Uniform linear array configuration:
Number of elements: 8
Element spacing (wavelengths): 0.75
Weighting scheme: hamming
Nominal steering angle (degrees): -60
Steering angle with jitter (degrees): -59.992
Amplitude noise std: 0.05
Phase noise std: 0.05

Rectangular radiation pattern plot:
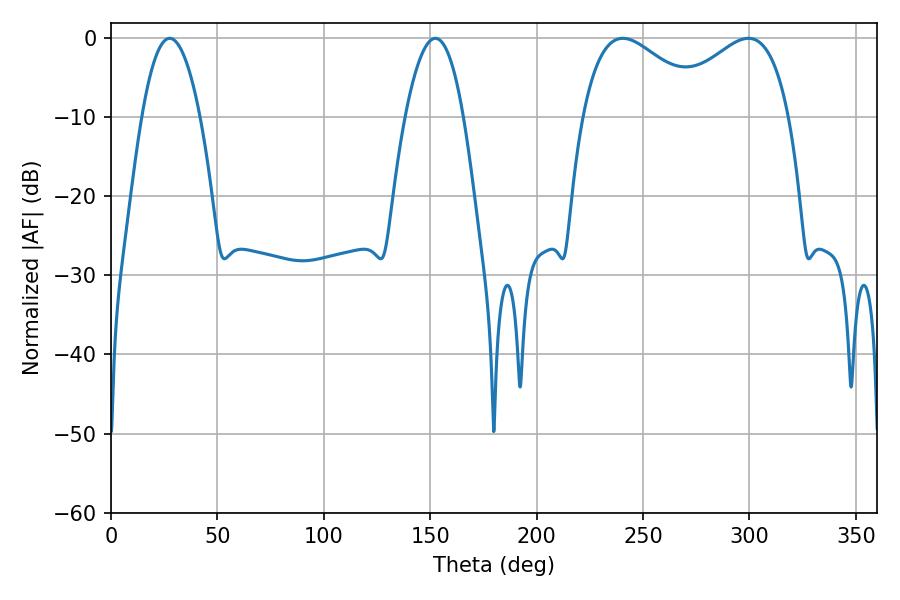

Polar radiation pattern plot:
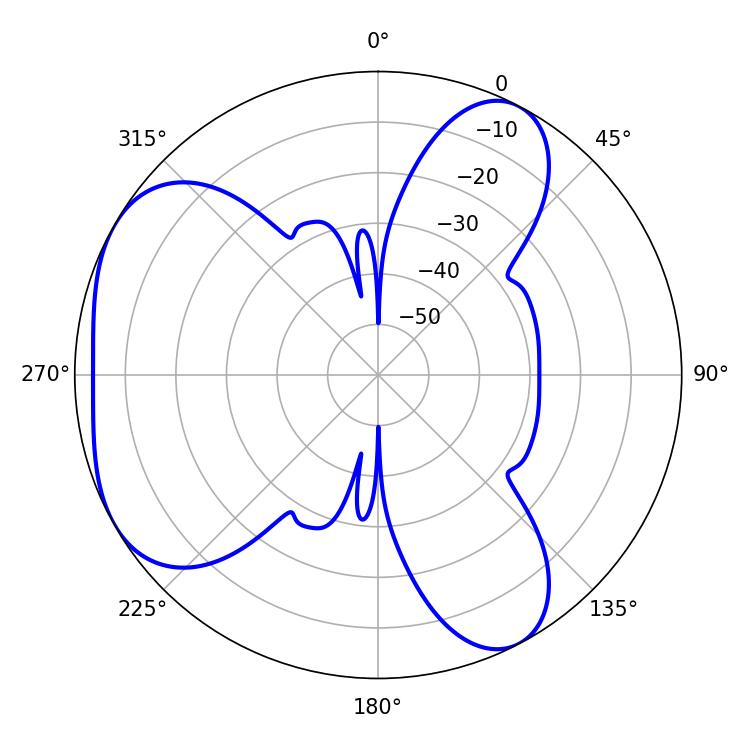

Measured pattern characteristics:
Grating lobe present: TRUE
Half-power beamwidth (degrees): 32.4
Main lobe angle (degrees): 240.48